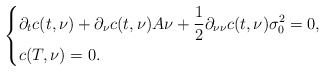
\begin{align*} \left\{ \begin{aligned}&\partial_tc(t,\nu) +\partial_{\nu}c(t,\nu)A\nu+\frac{1}{2}\partial_{\nu\nu}c(t,\nu)\sigma_0^2=0,\\ &c(T,\nu)=0. \end{aligned} \right. \end{align*}